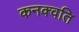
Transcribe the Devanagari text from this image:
कनक्वति